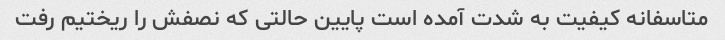
متاسفانه کیفیت به شدت آمده است پایین حالتی که نصفش را ریختیم رفت